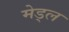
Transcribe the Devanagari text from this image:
मेड्ल